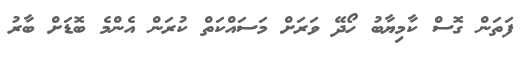
ފަތަން ގޮސް ކާމިޔާބު ހޯދޭ ވަރަށް މަސައްކަތް ކުރަން އެންމެ ބޮޑަށް ބާރު